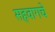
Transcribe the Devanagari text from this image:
सहवागचे